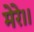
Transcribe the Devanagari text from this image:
मेरे।।